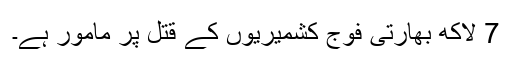
7 لاکھ بھارتی فوج کشمیریوں کے قتل پر مامور ہے۔